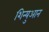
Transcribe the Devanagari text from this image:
शिन्युआन